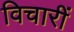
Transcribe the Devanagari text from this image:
विचारीं